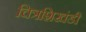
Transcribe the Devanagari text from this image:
चित्रशिखंडी